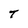
Character: T